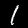
Label: 1